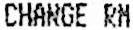
CHANGE RM